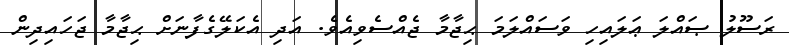
ރަސޫލު ޞައްލަ ޢަލައިހި ވަސައްލަމަ ޙިޖާމާ ޖެއްސެވިއެވެ. އަދި އެކަލޭގެފާނަށް ޙިޖާމާ ޖަހައިދިން